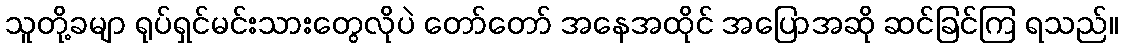
သူတို့ခမျာ ရုပ်ရှင်မင်းသားတွေလိုပဲ တော်တော် အနေအထိုင် အပြောအဆို ဆင်ခြင်ကြ ရသည်။